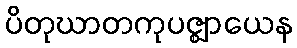
ပိတုဃာတကုပဇ္ဈာယေန